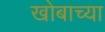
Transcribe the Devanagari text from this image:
खोबाच्या